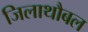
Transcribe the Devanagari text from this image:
जिलाथौबल